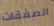
الصفقات